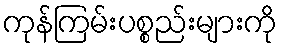
ကုန်ကြမ်းပစ္စည်းများကို